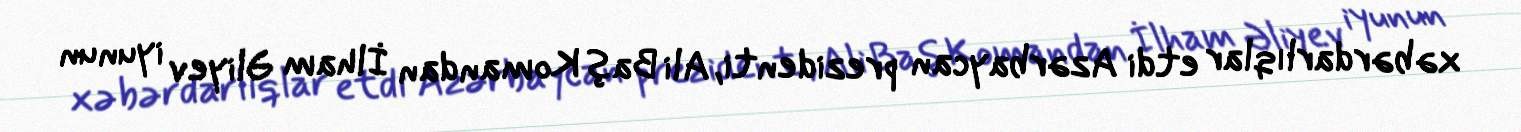
xəbərdarlıqlar etdi Azərbaycan prezidenti, Ali Baş Komandan İlham Əliyev iyunun